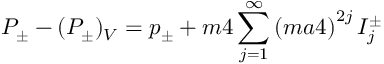
P _ { \pm } - ( P _ { \pm } ) _ { V } = p _ { \pm } + { m \o 4 } \sum _ { j = 1 } ^ { \infty } \left( { { m a } \o 4 } \right) ^ { 2 j } I _ { j } ^ { \pm }